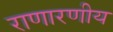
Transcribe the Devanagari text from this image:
राणारणीय